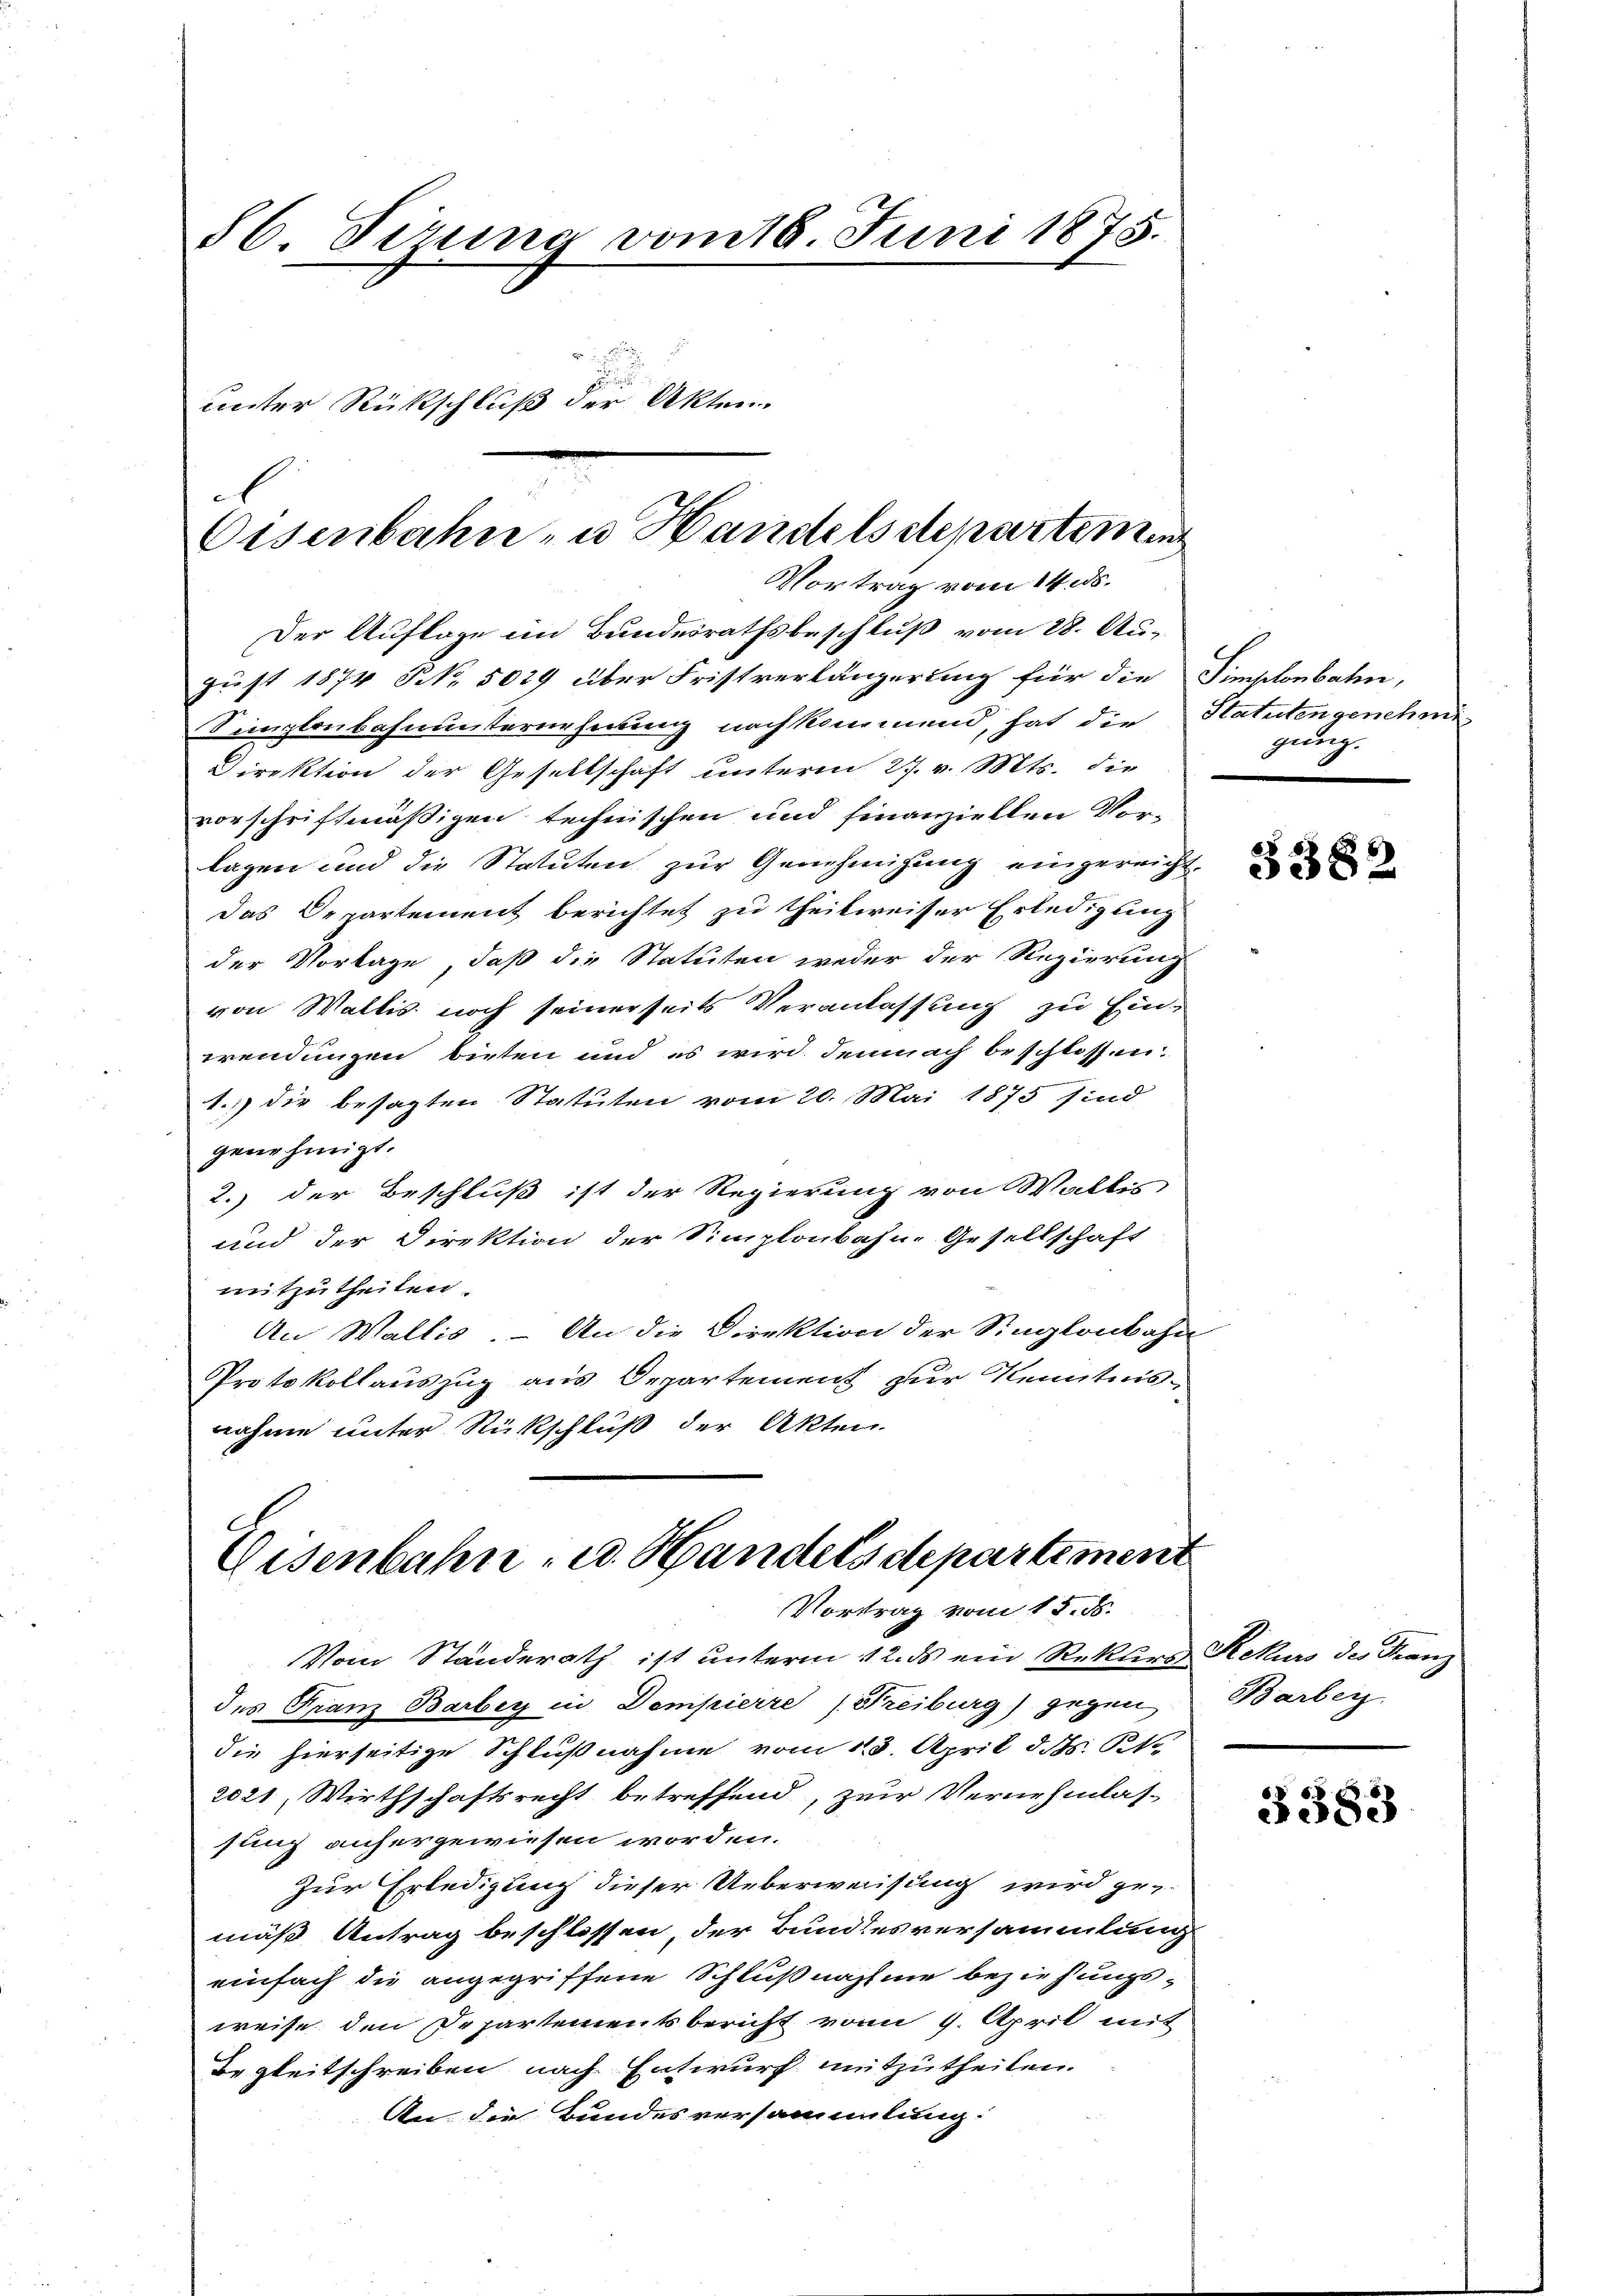
S. Tirung vom 18. Juni 1875.
unter Rückschluß der Akten.

Eisenbahn- u. Handelsdepartemen
Vortrag vom 14. ds.

Der Auflage im Bundesrathsbeschluß vom 28. August 1874 N. 5029 über Fristverlängerung für die Simplonbaten,
Simplonbahnunternehmung nachkommend, hat die Statutengenehmi
Direktion der Gesellschaft unterm 27. v. Mts. die
vorschriftmäßigen technischen und finanziellen Vor-
lagen und die Statuten zur Genehmigung eingereicht,
das Departement berichtet zu theilweiser Erledigung
der Vorlage, daß die Statuten weder der Regierung
von Wallis noch seinerseits Veranlassung zu Einwendungen bieten und es wird demnach beschlossen.
1.) Die besagten Statuten vom 20. Mai 1875 sind
genehmigt.
2.) der Beschluß ist der Regierung von Wallis
und der Direktion der Simplonbahn- Gesellschaft
mitzutheilen.
An Wallis. – An die Direktion der Singlonbahn
Protokollauszug aus Departement zur Kenntnisnahme unter Rückschluß der Akten.

Eisenbahn- u. Handels departement
Vortrag vom 15. ds.

Vom Ständerath ist unterm 12. ds ein Rekurs Rekurs des Franz
des Franz Barbey in Dempierre (Freiburg) gegen
die hierseitige Schlußnahme vom 13. April d. Js. t
2021, Wirthschaftsrecht betreffend, zur Vernehmlas-
sung anhergewiesen worden.
Zur Erledigung dieser Ueberweisung wird geg
mäß Antrag beschlossen, der Bundesversammlung
einfach die angegriffene Schlußnahme beziehungsweise den Departements bericht vom 9. April mit
Begleitschreiben nach Entwurf mitzutheilen.
An die Bundesversammlung:

gung.

3382

Barbeiz

3383